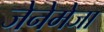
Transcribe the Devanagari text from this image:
जेनेमेजा